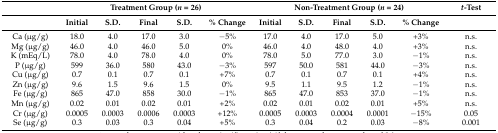
<table><thead><tr><td></td><td colspan="5"><b>Treatment Group (<i>n</i> = 26)</b></td><td colspan="5"><b>Non-Treatment Group (<i>n</i> = 24)</b></td><td><b><i>t</i>-Test</b></td></tr><tr><td></td><td><b>Initial</b></td><td><b>S.D.</b></td><td><b>Final</b></td><td><b>S.D.</b></td><td><b>% Change</b></td><td><b>Initial</b></td><td><b>S.D.</b></td><td><b>Final</b></td><td><b>S.D.</b></td><td><b>% Change</b></td><td></td></tr></thead><tbody><tr><td>Ca (μg/g)</td><td>18.0</td><td>4.0</td><td>17.0</td><td>3.0</td><td>−5%</td><td>17.0</td><td>4.0</td><td>17.0</td><td>5.0</td><td>+3%</td><td>n.s.</td></tr><tr><td>Mg (μg/g)</td><td>46.0</td><td>4.0</td><td>46.0</td><td>5.0</td><td>0%</td><td>46.0</td><td>4.0</td><td>48.0</td><td>4.0</td><td>+3%</td><td>n.s.</td></tr><tr><td>K (mEq/L)</td><td>78.0</td><td>4.0</td><td>78.0</td><td>4.0</td><td>0%</td><td>78.0</td><td>5.0</td><td>77.0</td><td>3.0</td><td>−1%</td><td>n.s.</td></tr><tr><td>P (μg/g)</td><td>599</td><td>36.0</td><td>580</td><td>43.0</td><td>−3%</td><td>597</td><td>50.0</td><td>581</td><td>44.0</td><td>−3%</td><td>n.s.</td></tr><tr><td>Cu (μg/g)</td><td>0.7</td><td>0.1</td><td>0.7</td><td>0.1</td><td>+7%</td><td>0.7</td><td>0.1</td><td>0.7</td><td>0.1</td><td>+4%</td><td>n.s.</td></tr><tr><td>Zn (μg/g)</td><td>9.6</td><td>1.5</td><td>9.6</td><td>1.5</td><td>0%</td><td>9.5</td><td>1.1</td><td>9.5</td><td>1.2</td><td>−1%</td><td>n.s.</td></tr><tr><td>Fe (μg/g)</td><td>865</td><td>47.0</td><td>858</td><td>30.0</td><td>−1%</td><td>865</td><td>47.0</td><td>853</td><td>37.0</td><td>−1%</td><td>n.s.</td></tr><tr><td>Mn (μg/g)</td><td>0.02</td><td>0.01</td><td>0.02</td><td>0.01</td><td>+2%</td><td>0.02</td><td>0.01</td><td>0.02</td><td>0.01</td><td>+5%</td><td>n.s.</td></tr><tr><td>Cr (μg/g)</td><td>0.0005</td><td>0.0003</td><td>0.0006</td><td>0.0003</td><td>+12%</td><td>0.0005</td><td>0.0003</td><td>0.0004</td><td>0.0001</td><td>−15%</td><td>0.05</td></tr><tr><td>Se (μg/g)</td><td>0.3</td><td>0.03</td><td>0.3</td><td>0.04</td><td>+5%</td><td>0.3</td><td>0.04</td><td>0.2</td><td>0.03</td><td>−8%</td><td>0.001</td></tr></tbody></table>